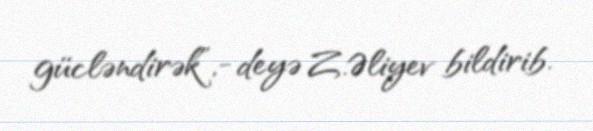
gücləndirək”,- deyə Z.Əliyev bildirib.